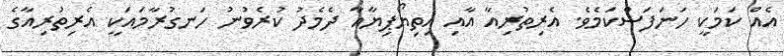
އެއް ކަމަކީ ހަނަފަސްކަމެވެ. އެރިތުރިއާ އާއި އިތިޔޯޕިޔާއާ ދެމެދު ކުރެވުނު ހަނގުރާމައަކީ އެރިތުރިއާގެ